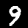
Label: 9